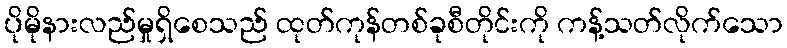
ပိုမိုနားလည်မှုရှိစေသည် ထုတ်ကုန်တစ်ခုစီတိုင်းကို ကန့်သတ်လိုက်သော